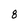
Character: 8